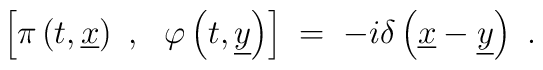
\left[ \pi \left( t, \underline{x}\right)~,~~\varphi \left( t,    \underline{y}\right)\right] \;=\; - i \delta \left( \underline{x}  - \underline{y}\right)~.